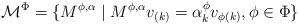
LaTeX: \begin{align*}\mathcal{M}^{\Phi }=\{M^{\phi ,\alpha }\mid M^{\phi ,\alpha }v_{(k)}=\alpha_{k}^{\phi }v_{\phi (k)},\phi \in \Phi \}\end{align*}